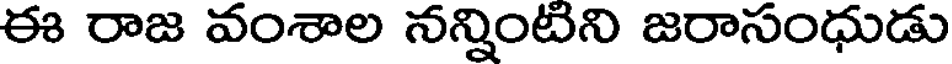
ఈ రాజ వంశాల నన్నింటిని జరాసంధుడు